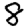
Digit: 8